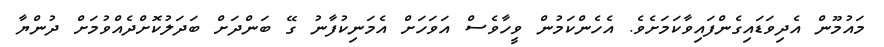
މައުމޫން އެދިވަޑައިގެންފައިވާކަމަށެވެ. އެހެންކަމުން ވީހާވެސް އަވަހަށް އެމަނިކުފާނު ގޭ ބަންދަށް ބަދަލުކޮށްދެއްވުމަށް ދުންޔާ